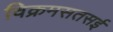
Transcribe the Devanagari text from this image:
विक्रमसतसई